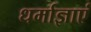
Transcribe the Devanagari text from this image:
धर्माज्ञाएं